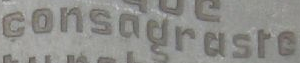
consodrosro